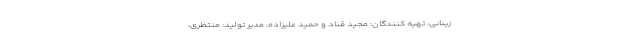
زینانی، تهیه کنندگان: مجید قناد و حمید علیزاده، مدیر تولید: منتظری،